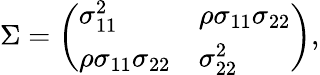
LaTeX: \Sigma=\left(\begin{array}{ll}{\sigma_{11}^{2}}&{\rho\sigma_{11}\sigma_{22}}\\ {\rho\sigma_{11}\sigma_{22}}&{\sigma_{22}^{2}}\end{array}\right),